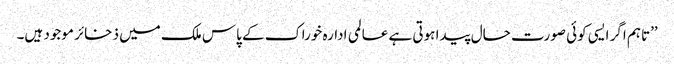
’’تاہم اگر ایسی کوئی صورت حال پیدا ہوتی ہے عالمی ادارہ خوراک کے پاس ملک میں ذخائر موجود ہیں۔